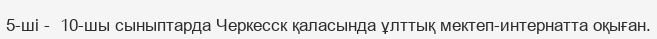
5-ші -  10-шы сыныптарда Черкесск қаласында ұлттық мектеп-интернатта оқыған.